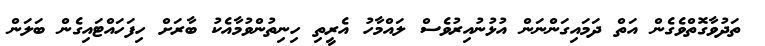
ތަދުވާގޮތްވެގެން އަތް ދަމައިގަންނަން އުޅުނުއިރުވެސް ލައްމާހު އެރީތި ހިނިތުންވުމާއެކު ބާރަށް ހިފަަހައްޓައިގެން ބަލަން